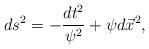
LaTeX: \begin{align*}ds^2 = - \frac{dt^2}{\psi^2} + \psi d\vec{x}^2,\end{align*}